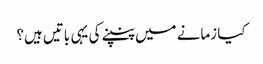
کیا زمانے میں پنپنے کی یہی باتیں ہیں؟